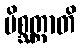
မိစ္ဆတ္တာတိ